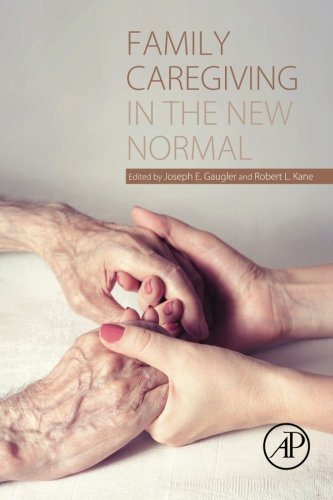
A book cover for Family Caregiving in the New Normal; Medical Books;